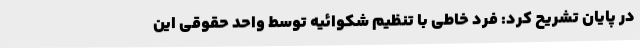
در پایان تشریح کرد: فرد خاطی با تنظیم شکوائیه توسط واحد حقوقی این